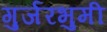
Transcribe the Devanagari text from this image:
गुर्जरभुमी